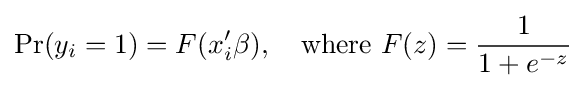
\Pr(y_{i}=1)=F(x_{i}'\beta ),\quad {\text{where }}F(z)={\frac {1}{1+e^{-z}}}